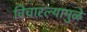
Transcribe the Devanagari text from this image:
विचारल्यामुळे